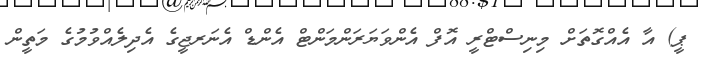
ޕީ) އާ އެއްގޮތަށް މިނިސްޓްރީ އޮފް އެންވަޔަރަންމަންޓް އެންޑް އެނަރޖީގެ އެދިލެއްވުމުގެ މަތީން